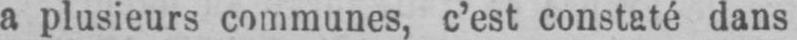
a plusieurs communes, c’est constaté dans